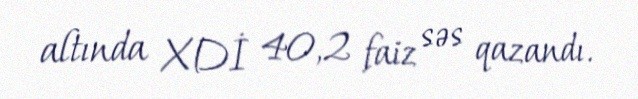
altında XDİ 40,2 faiz səs qazandı.